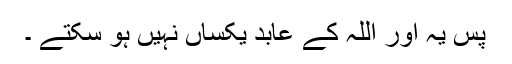
پس یہ اور اللہ کے عابد یکساں نہیں ہو سکتے ۔